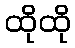
ထိုထို